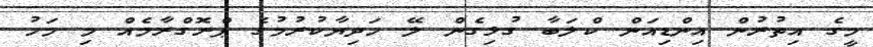
މީގެ އިތުރުން އިންޑިއަން ކްލަބާ ގުޅިގެން ލޭ ހަދިޔާކުރުމުގެ ޕްރޮގްރާމެއް މި މަހު